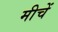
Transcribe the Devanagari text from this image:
मीचें